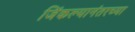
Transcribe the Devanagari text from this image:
जिंकल्यानंतरच्या